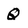
Character: Q